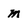
Character: m